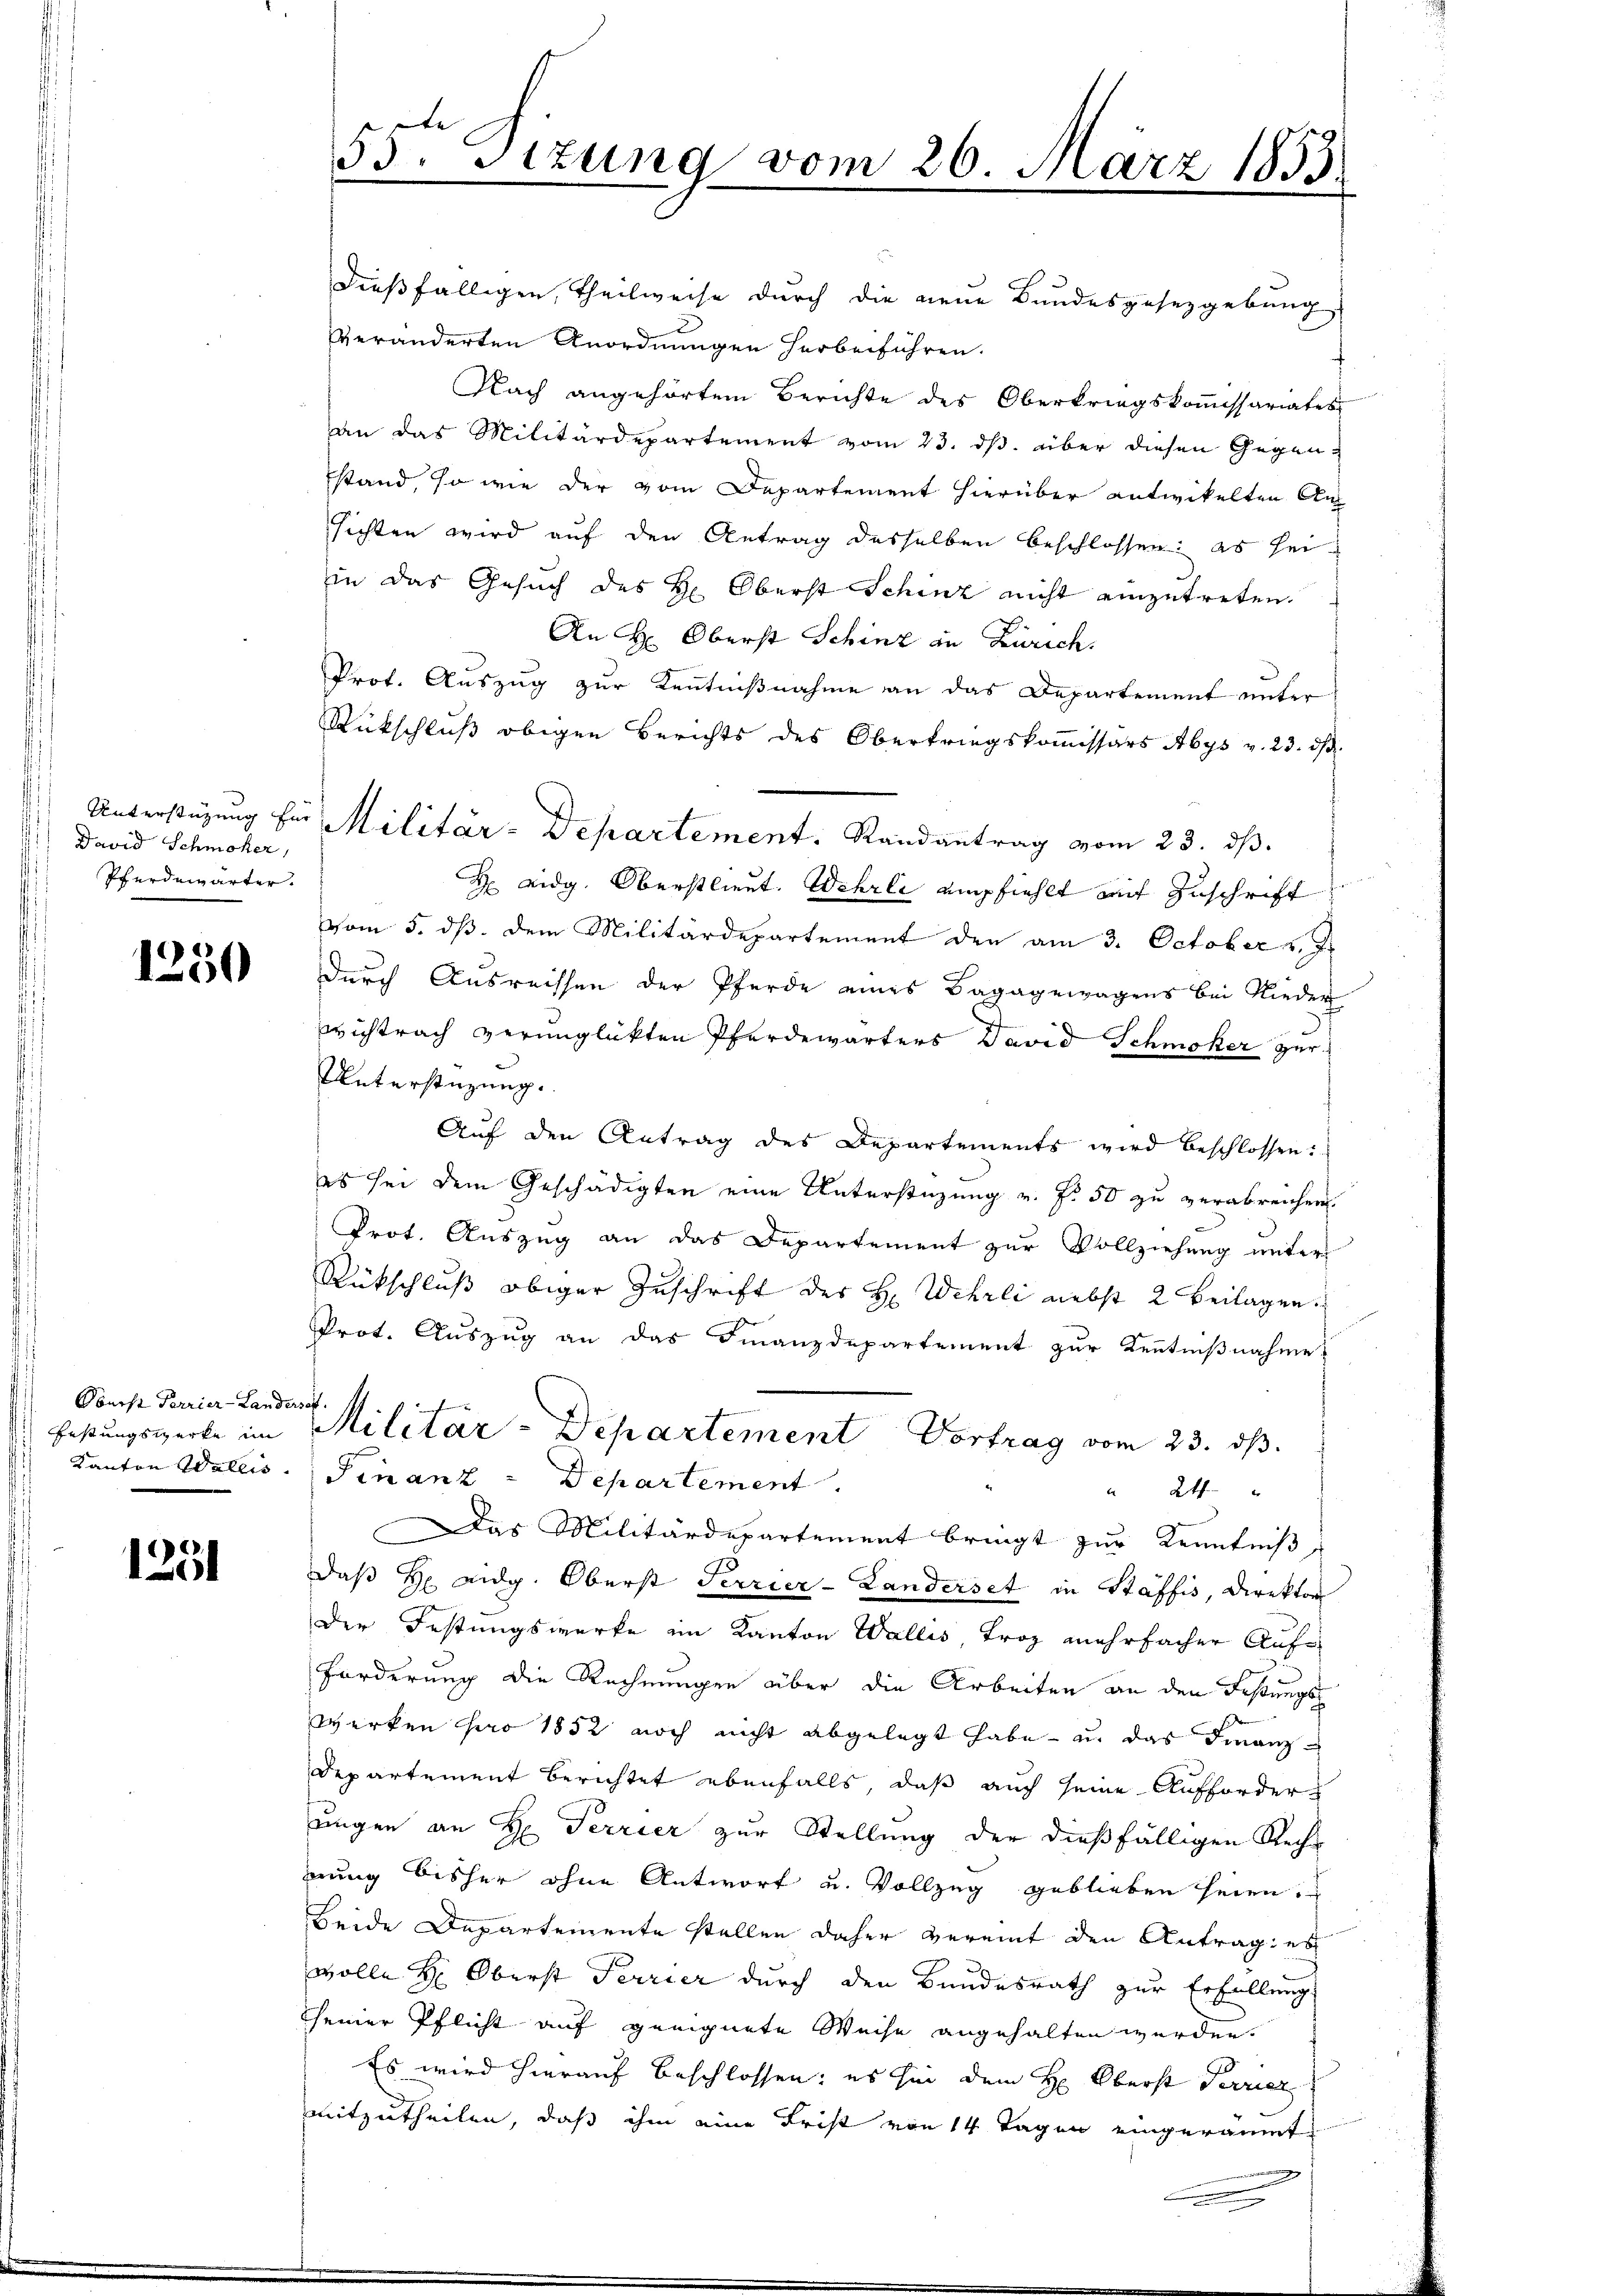
) David Schmoker,
Pferdewärter.

1250

Oberst Terrier-Landerset
Festungswerke im
Kanton Wallis.

1231

dießfälligen, Theilweise durch die neue Bundesgesetzgebung
veränderten Anordnungen herbeiführen.
Nach angehörtem Berichte des Oberkriegskommissariates
an das Militärdepartement vom 23. dβ. über diesen Gegen-
stand, so wie der vom Departement hierüber entwickelten An
sichten wird auf den Antrag desselben beschlossen: es seiin das Gesuch des H: Oberst Schinz nicht einzutreten.
An H: Oberst Schinz in Zürich.
Prot. Auszug zur Kentnißnahme an das Departement unter
Rückschluß obigen Berichts des Oberkriegskommissärs Abys v. 23. ds.
Unterstüzung für Militär-Departement. Randantrag vom 23. ds.
H Eidg. Oberstlieut. Wehrli empfiehlt mit Zuschrift
vom 5. dβ. dem Militärdepartement den am 3. October v. 7.
durch Ausreissen der Pferde eines Bagagewagens bei Nieder
Wichtrach verunglückten Pferdewärters David Schmoker zur
Unterstüzung.
Auf den Antrag des Departements wird beschlossen:
es sei dem Geschädigten eine Unterstüzung v. Fr. 50 zu verabreichen.
Prot. Auszug an das Departement zur Vollziehung unter
Rückschluß obiger Zuschrift des H. Wehrli nebst 2 Beilagen
Prot. Auszug an das Finanzdepartement zur Kenntnißnahme
Militär-Departement Vortrag vom 23. ds.
Finanz-Departement
 24 "
Das Militärdepartement bringt zur Kenntniß
daß H. Eidg. Oberst Terrier-Landerset in Stäffis, Direktor
der Festungswerke im Kanton Wallis, Froz mehrfacher Auf¬
Forderung die Rechnungen über die Arbeiten an den Festungs
werken pro 1852 noch nicht abgelegt habe, u. das Finanz¬
Departement Berichtet ebenfalls, daß auch seine Aufforderungen an H. Terrier zur Stellung der dießfälligen Rechnung bisher ohne Antwort u. Vollzug geblieben seien.
beide Departemente stellen daher vereint den Antrag: es
wolle H: Oberst Terrier durch den Bundesrath zur Erfüllung
seiner Pflicht auf geeignete Weise angehalten werden.
Es wird hierauf beschlossen: es sei dem H: Oberst Terricz
mitzutheilen, daß ihm eine Frist von 14 Tagen eingeräumt
u

53. Sitzung vom 26. März 1853.
.